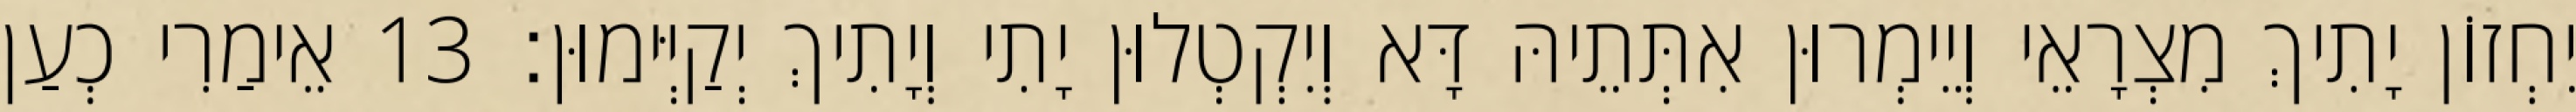
יִחְזוֹן יָתִיךְ מִצְרָאֵי וְיֵימְרוּן אִתְּתֵיהּ דָּא וְיִקְטְלוּן יָתִי וְיָתִיךְ יְקַיְּימוּן׃ 13 אֵימַרִי כְעַן